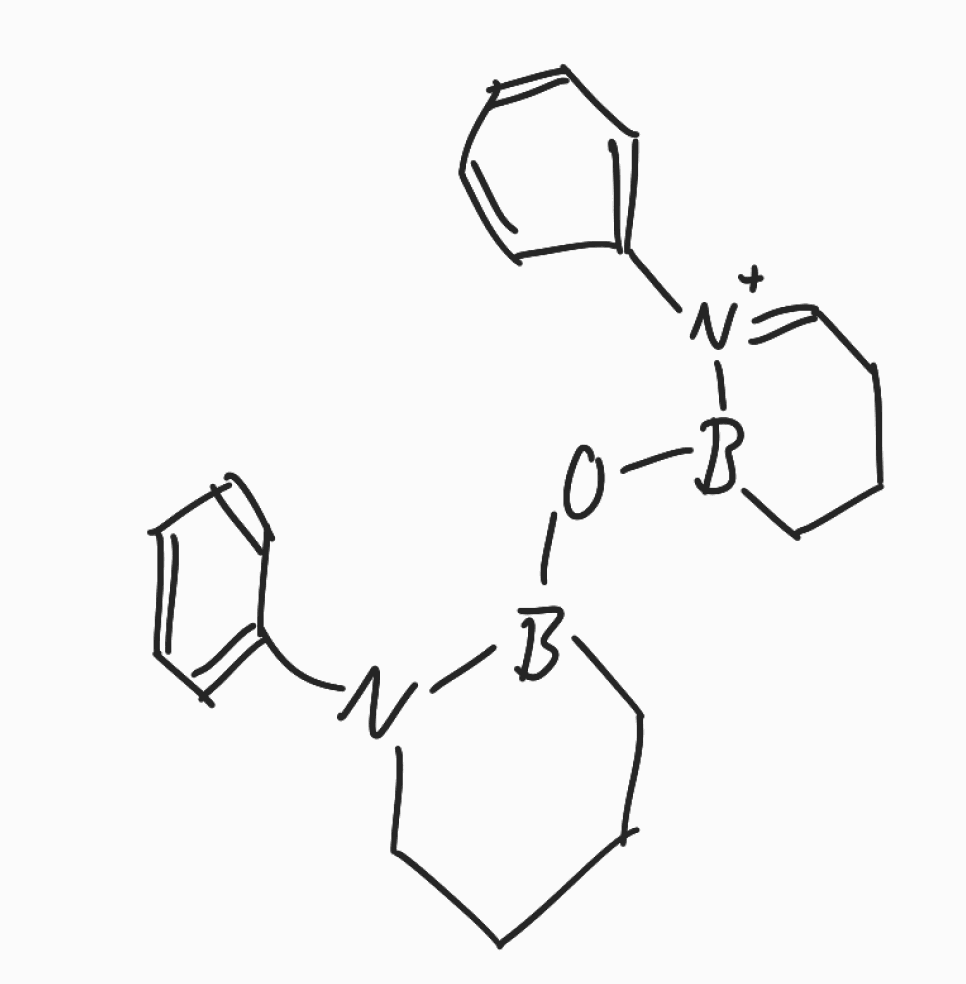
Simplified molecular-input line-entry system (SMILES) notation of the given molecule:
B1(CCCCN1C2=CC=CC=C2)OB3CCCC=[N+]3C4=CC=CC=C4